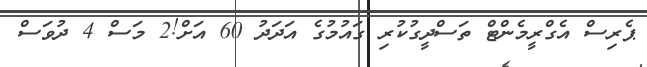
ޕެރިސް އެގްރީމެންޓް ތަސްދީގުކުރި ގައުމުގެ އަދަދު 60 އަށް!2 މަސް 4 ދުވަސް